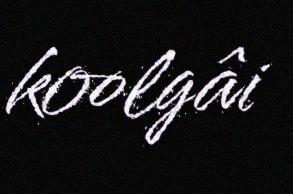
koolgâi